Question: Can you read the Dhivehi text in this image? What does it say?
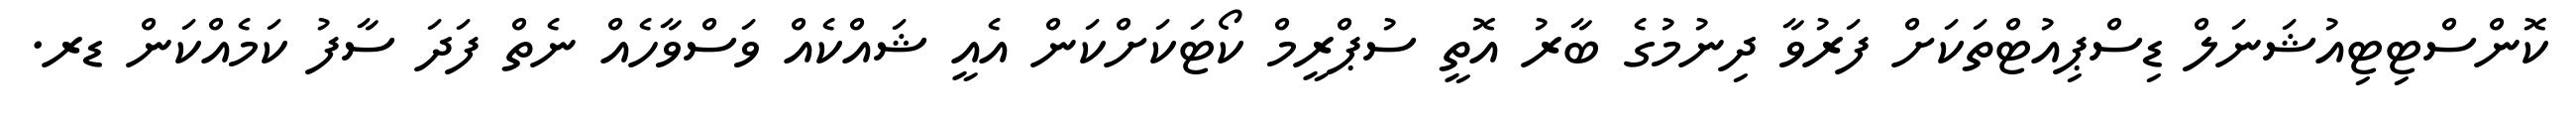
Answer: ކޮންސްޓިޓިއުޝަނަލް ޑިސްޕިއުޓްތަކަށް ފަރުވާ ދިނުމުގެ ބާރު އޮތީ ސުޕްރީމް ކޯޓަކަށްކަން އެއީ ޝައްކެއް ވަސްވާހެއް ނެތް ފަދަ ސާފު ކަމެއްކަން ޑރ.